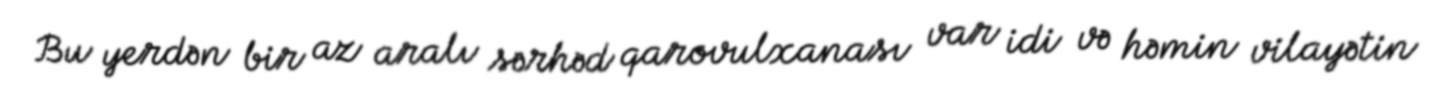
Bu yerdən bir az aralı sərhəd qarovulxanası var idi və həmin vilayətin